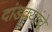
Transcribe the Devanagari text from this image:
दांडक्यांचे